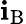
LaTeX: \mathbf{i}_{\mathrm{{B}}}